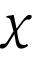
\chi